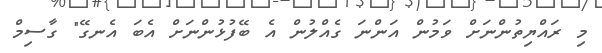
މި ރައްޔިތުންނަށް ވަމުން އަންނަ ގެއްލުން އެ ބޭފުޅުންނަށް އެބަ އެނގޭ" ގާސިމް